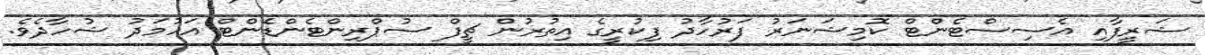
ޝަރީފާއި އެސިސްޓެންޓް ކޮމިޝަނަރު ފަރުހާދު ފިކުރީގެ އިތުރުން ޗީފް ސުޕްރިންޓެންޑެންޓް އަހުމަދު ޝުހާދެވެ.